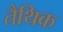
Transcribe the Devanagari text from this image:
तैथिक